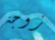
زوجة